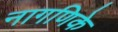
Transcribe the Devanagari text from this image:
नागणिके